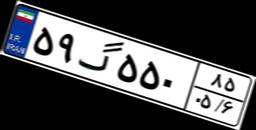
۵۹گ۵۵۰۸۵